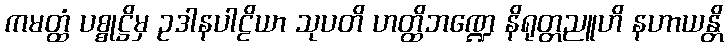
ကမတ္ထံ ပစ္စုဋ္ဌိမှ ဥဒါနပါဠိယာ သုပတိ ဟတ္ထိဘဏ္ဍေ နိရုတ္တညူဟိ နဟာယန္တိ